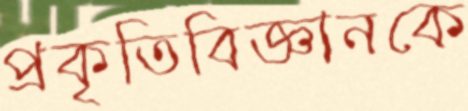
প্রকৃতিবিজ্ঞানকে